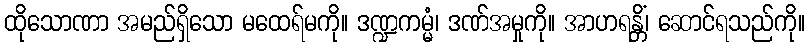
ထိုသောဏာ အမည်ရှိသော မထေရ်မကို။ ဒဏ္ဍကမ္မံ၊ ဒဏ်အမှုကို။ အာဟရန္တိံ၊ ဆောင်ရသည်ကို။